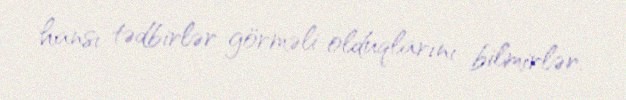
hansı tədbirlər görməli olduqlarını bilmirlər.